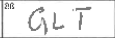
Transcription: GLT